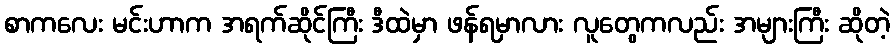
စာကလေး မင်းဟာက အရက်ဆိုင်ကြီး ဒီထဲမှာ ဖန်ရမှာလား လူတွေကလည်း အများကြီး ဆိုတဲ့